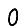
Digit: 0